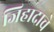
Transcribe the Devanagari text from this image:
जिहादाचे